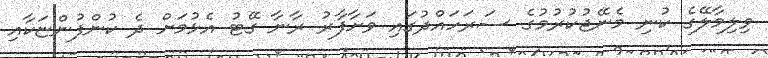
ވިލިމާލޭގެ ކުނި މެނޭޖުކުރުމުގެ ސަރަހައްދުގައި ވަށާފާރު ރާނާ ގޭޓު އެޅުމަށް ދެ ކުންފުންޏަކާއި